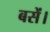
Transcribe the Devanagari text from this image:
बसें।